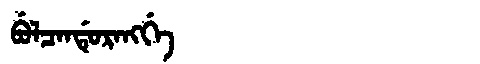
Manchu: ᠪᡠᠯᠴᠠᠨᡩᡠᡵᠠᠩᡤᡝ
Romanization: BULCANDURANGGE